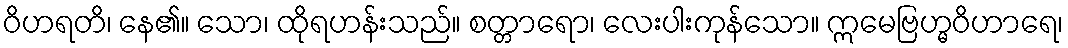
ဝိဟရတိ၊ နေ၏။ သော၊ ထိုရဟန်းသည်။ စတ္တာရော၊ လေးပါးကုန်သော။ ဣမေဗြဟ္မဝိဟာရေ၊